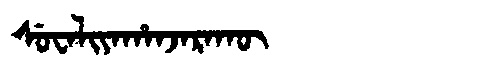
Manchu: ᠰᡠᠸᠠᠯᡳᠶᠠᡥᠠᠨᠵᠠᡵᠠᡴᡡ
Romanization: SUWALIYAHANJARAKŪ